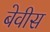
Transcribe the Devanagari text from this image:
बेवीस